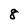
Character: 8